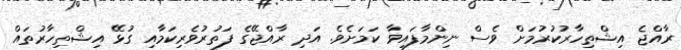
ރާއްޖެ އިޝްތިހާރުކުރުމަށް ވެސް ނިންމާފައިވާ ކަަމަށެވެ. އަދި ރާއްޖޭގެ ފަތުރުވެރިކަމާއި ގުޅޭ އިޝްތިހާރުތައް